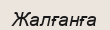
Жалғанға